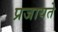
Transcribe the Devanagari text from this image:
प्रजायते